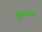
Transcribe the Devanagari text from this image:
मिलनोत्सव